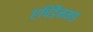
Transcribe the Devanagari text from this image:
एपिडैनमस